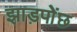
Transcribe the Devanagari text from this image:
झाड़पोेंछ